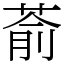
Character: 萮